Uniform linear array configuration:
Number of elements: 24
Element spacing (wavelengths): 1
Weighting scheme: binomial
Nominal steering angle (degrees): -15
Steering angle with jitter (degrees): -14.572
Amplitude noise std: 0.05
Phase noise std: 0.05

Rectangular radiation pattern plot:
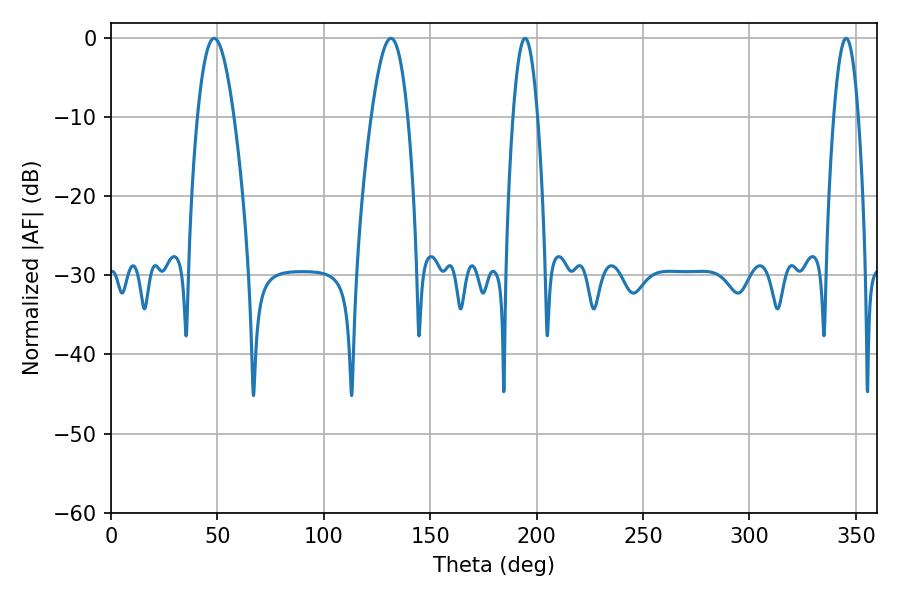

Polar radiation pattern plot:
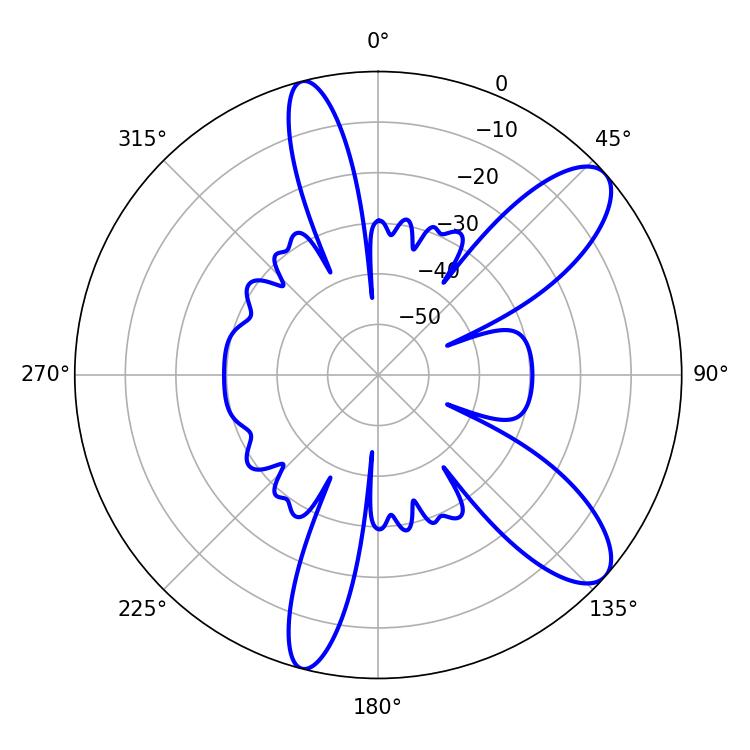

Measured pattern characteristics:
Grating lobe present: TRUE
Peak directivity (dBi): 9.928
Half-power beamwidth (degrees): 6.3
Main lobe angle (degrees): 194.58